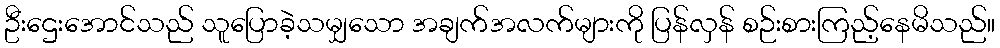
ဦးဌေးအောင်သည် သူပြောခဲ့သမျှသော အချက်အလက်များကို ပြန်လှန် စဉ်းစားကြည့်နေမိသည်။